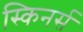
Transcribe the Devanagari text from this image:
स्किनर्स